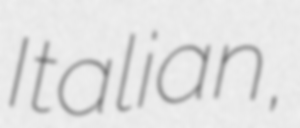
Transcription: Italian,